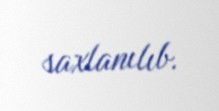
saxlanılıb.